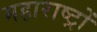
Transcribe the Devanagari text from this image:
महाराष्ट्रों